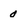
Character: o